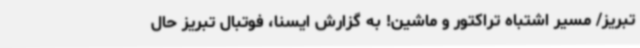
تبریز/ مسیر اشتباه تراکتور و ماشین! به گزارش ایسنا، فوتبال تبریز حال